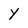
Character: Y